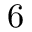
6